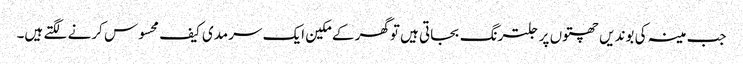
جب مینہ کی بوندیں چھتوں پر جلترنگ بجاتی ہیں توگھر کے مکین ایک سرمدی کیف محسوس کرنے لگتے ہیں۔